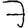
Digit: 7